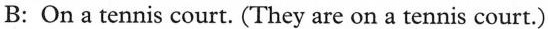
B: On a tennis court. (They are on a tennis court.)